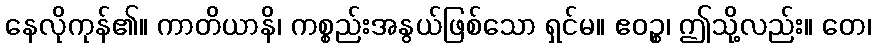
နေလိုကုန်၏။ ကာတိယာနိ၊ ကစ္စည်းအနွယ်ဖြစ်သော ရှင်မ။ ဧဝဉ္စ၊ ဤသို့လည်း။ တေ၊